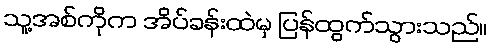
သူ့အစ်ကိုက အိပ်ခန်းထဲမှ ပြန်ထွက်သွားသည်။